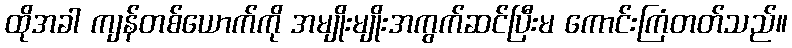
ထိုအခါ ကျန်တစ်ယောက်ကို အမျိုးမျိုးအကွက်ဆင်ပြီးမ ကောင်းကြံတတ်သည်။